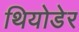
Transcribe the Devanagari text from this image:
थियोडेर